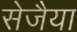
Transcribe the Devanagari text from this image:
सेजैया